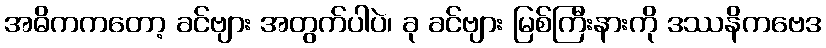
အဓိကကတော့ ခင်ဗျား အတွက်ပါပဲ၊ ခု ခင်ဗျား မြစ်ကြီးနားကို ဒဿနိကဗေဒ